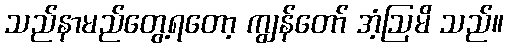
သည်နာမည်တွေ့ရတော့ ကျွန်တော် အံ့ဩမိ သည်။